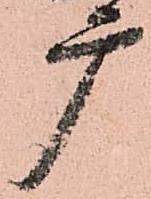
广